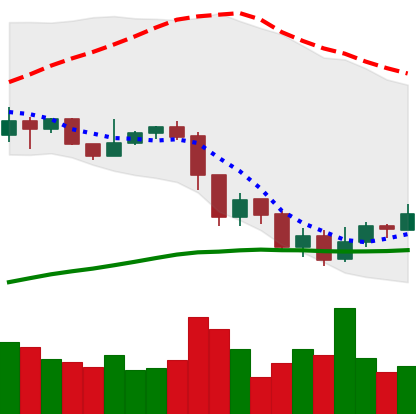
Ticker: XRP-USD
Chart end date: 2019-07-20
Forward return: -5.522%
Label: down_5_7